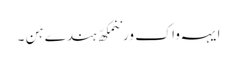
ایہہ واک ورننمکھّ ہندے ہن ۔